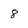
Character: 8